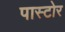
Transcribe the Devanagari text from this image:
पास्टोर